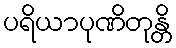
ပရိယာပုဏိတုန္တိ